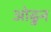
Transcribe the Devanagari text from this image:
ओढुन